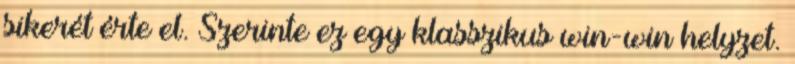
sikerét érte el. Szerinte ez egy klasszikus win-win helyzet.